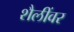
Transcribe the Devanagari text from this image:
शैलींवर